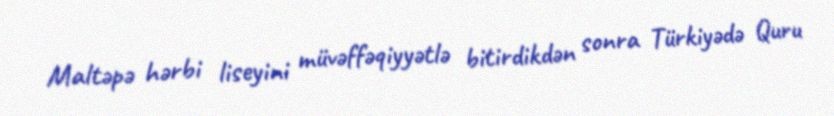
Maltəpə hərbi liseyini müvəffəqiyyətlə bitirdikdən sonra Türkiyədə Quru